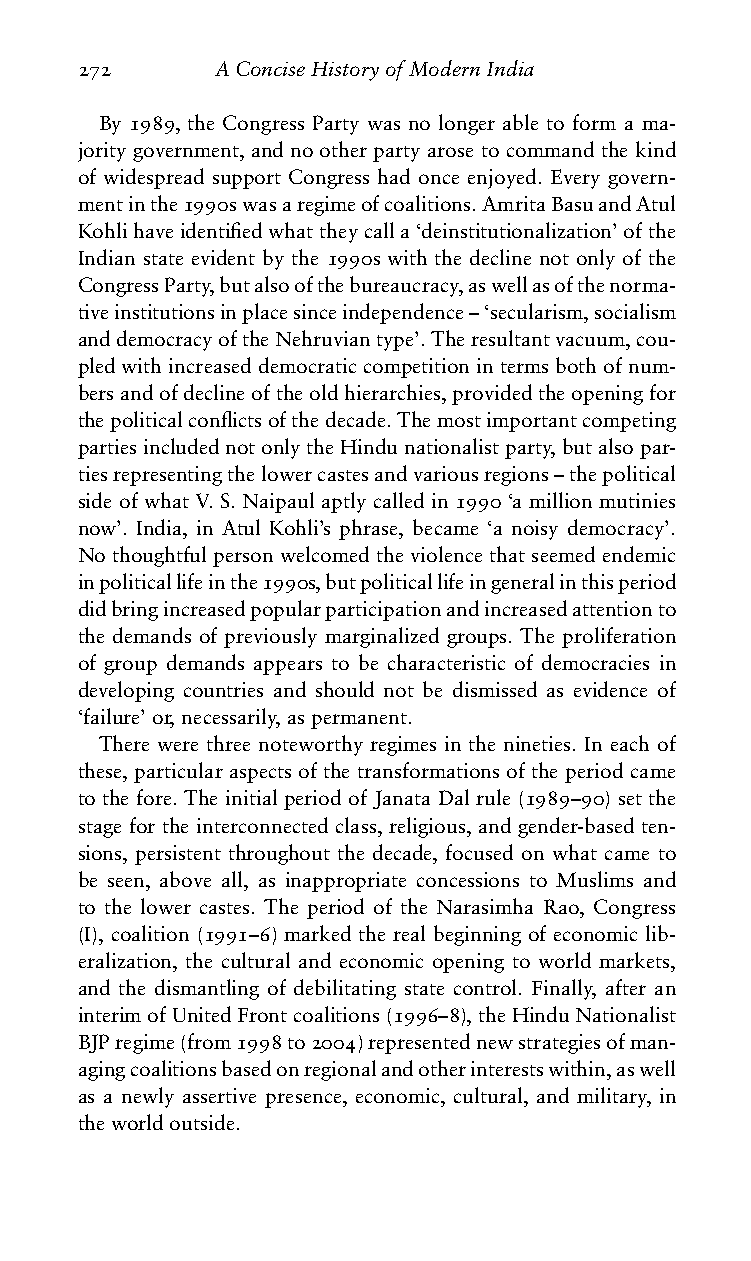
272      AConciseHistoryofModernIndia
 By 1989, the Congress Party was no longer able to form a ma-
 jority government, and no other party arose to command the kind
 of widespread support Congress had once enjoyed. Every govern-
 mentinthe1990swasaregimeofcoalitions.AmritaBasuandAtul
 Kohlihaveidentifiedwhattheycalla‘deinstitutionalization’ofthe
 Indian state evident by the 1990s with the decline not only of the
 CongressParty,butalsoofthebureaucracy,aswellasofthenorma-
 tiveinstitutionsinplacesinceindependence–‘secularism,socialism
 anddemocracyoftheNehruviantype’.Theresultantvacuum,cou-
 pledwithincreaseddemocraticcompetitionintermsbothofnum-
 bersandofdeclineoftheoldhierarchies,providedtheopeningfor
 thepoliticalconflictsofthedecade.Themostimportantcompeting
 partiesincludednotonlytheHindunationalistparty,butalsopar-
 tiesrepresentingthelowercastesandvariousregions–thepolitical
 side of what V. S. Naipaul aptly called in 1990 ‘a million mutinies
 now’. India, in Atul Kohli’s phrase, became ‘a noisy democracy’.
 No thoughtful person welcomed the violence that seemed endemic
 inpoliticallifeinthe1990s,butpoliticallifeingeneralinthisperiod
 didbringincreasedpopularparticipationandincreasedattentionto
 the demands of previously marginalized groups. The proliferation
 of group demands appears to be characteristic of democracies in
 developing countries and should not be dismissed as evidence of
 ‘failure’or,necessarily,aspermanent.
 There were three noteworthy regimes in the nineties. In each of
 these, particular aspects of the transformations of the period came
 to the fore. The initial period of Janata Dal rule (1989–90) set the
 stage for the interconnected class, religious, and gender-based ten-
 sions, persistent throughout the decade, focused on what came to
 be seen, above all, as inappropriate concessions to Muslims and
 to the lower castes. The period of the Narasimha Rao, Congress
 (I), coalition (1991–6) marked the real beginning of economic lib-
 eralization, the cultural and economic opening to world markets,
 and the dismantling of debilitating state control. Finally, after an
 interimofUnitedFrontcoalitions(1996–8),theHinduNationalist
 BJPregime(from1998to2004)representednewstrategiesofman-
 agingcoalitionsbasedonregionalandotherinterestswithin,aswell
 as a newly assertive presence, economic, cultural, and military, in
 theworldoutside.